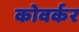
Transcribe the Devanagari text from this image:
कोवर्कर